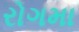
રોગમા